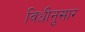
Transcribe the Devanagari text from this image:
विधीनुसार